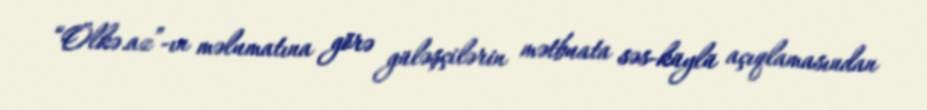
“Ölkə.az”-ın məlumatına görə güləşçilərin mətbuata səs-küylü açıqlamasından